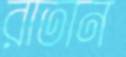
রাতান